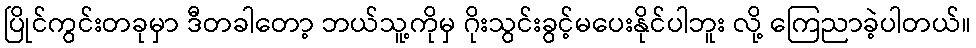
ပြိုင်ကွင်းတခုမှာ ဒီတခါတော့ ဘယ်သူ့ကိုမှ ဂိုးသွင်းခွင့်မပေးနိုင်ပါဘူး လို့ ကြေညာခဲ့ပါတယ်။